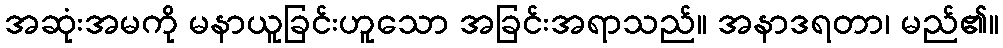
အဆုံးအမကို မနာယူခြင်းဟူသော အခြင်းအရာသည်။ အနာဒရတာ၊ မည်၏။